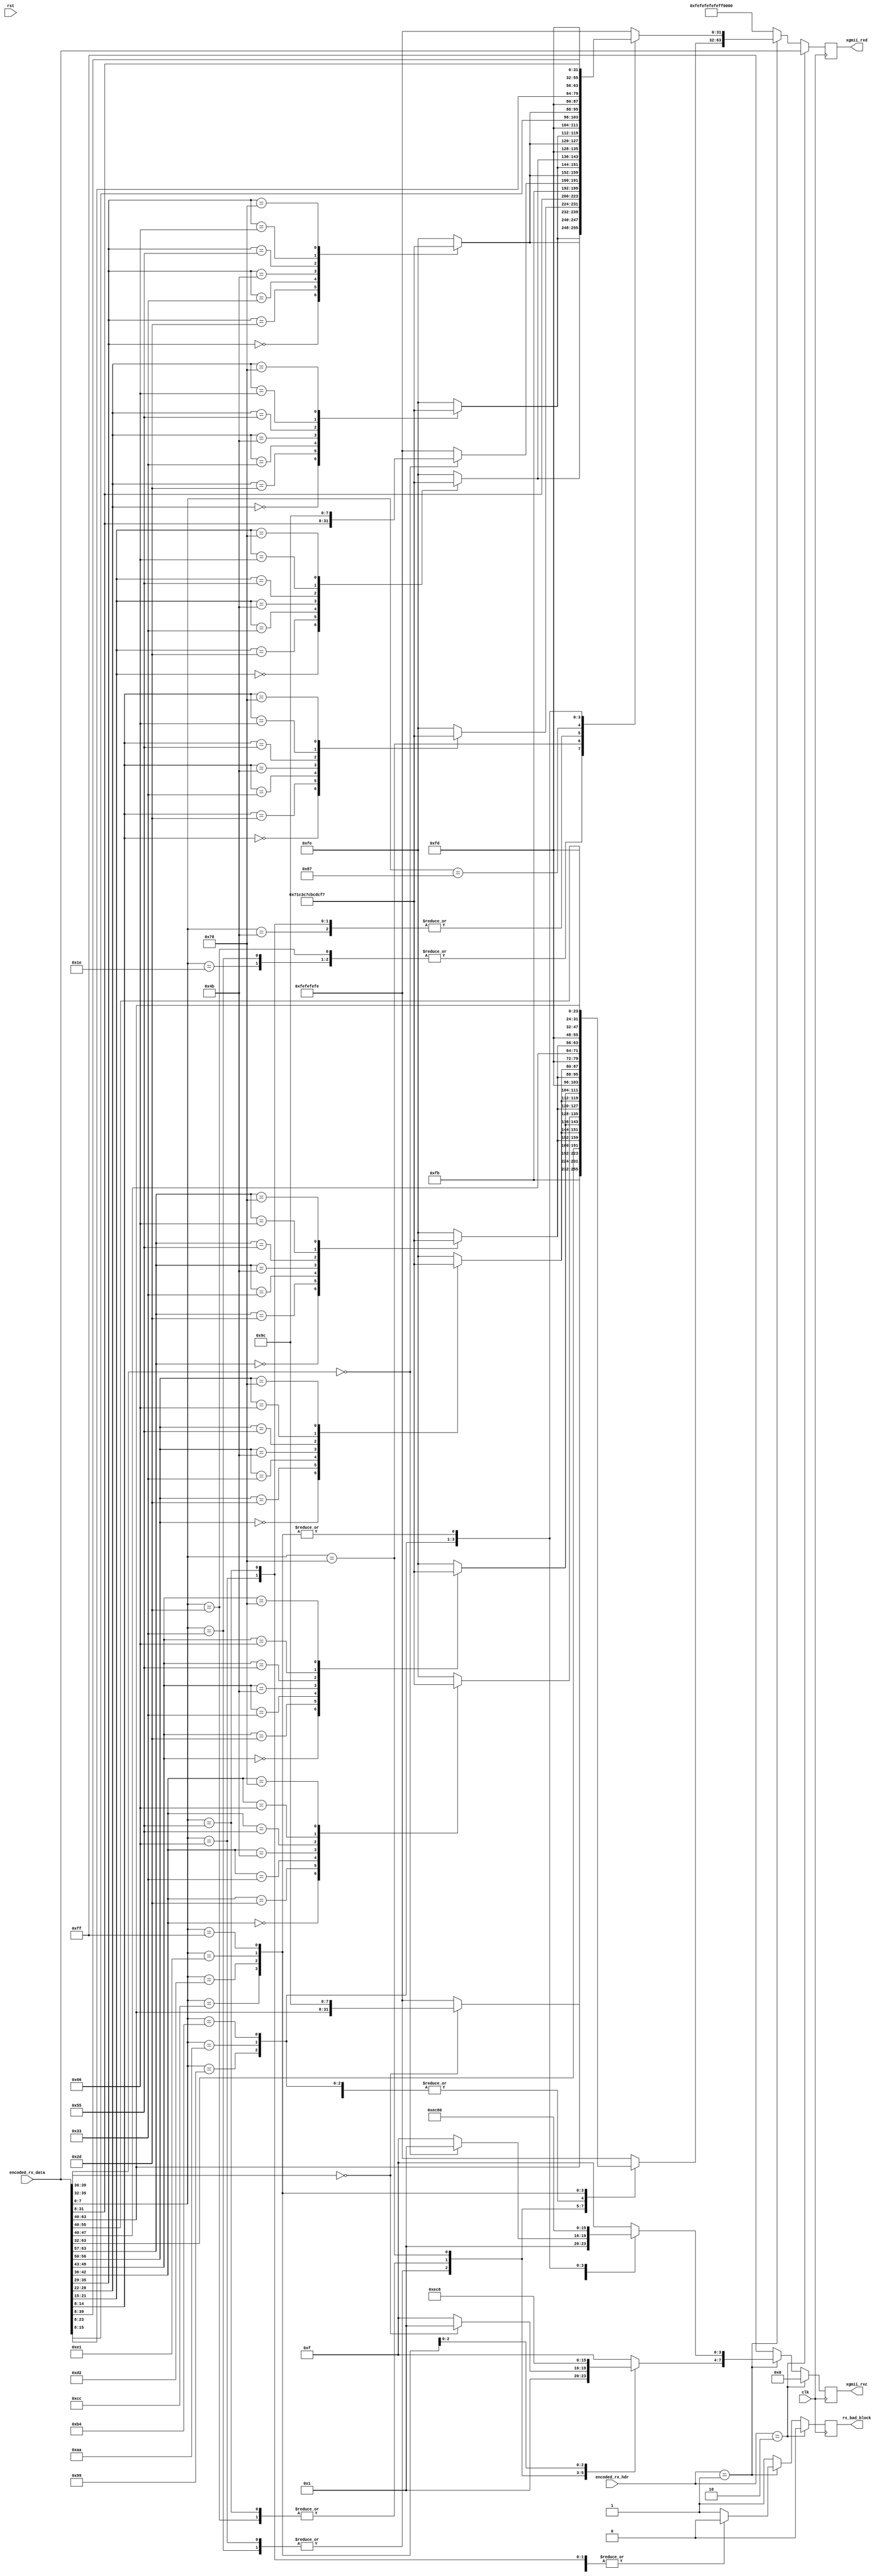
/*

Copyright (c) 2018 Alex Forencich

Permission is hereby granted, free of charge, to any person obtaining a copy
of this software and associated documentation files (the "Software"), to deal
in the Software without restriction, including without limitation the rights
to use, copy, modify, merge, publish, distribute, sublicense, and/or sell
copies of the Software, and to permit persons to whom the Software is
furnished to do so, subject to the following conditions:

The above copyright notice and this permission notice shall be included in
all copies or substantial portions of the Software.

THE SOFTWARE IS PROVIDED "AS IS", WITHOUT WARRANTY OF ANY KIND, EXPRESS OR
IMPLIED, INCLUDING BUT NOT LIMITED TO THE WARRANTIES OF MERCHANTABILITY
FITNESS FOR A PARTICULAR PURPOSE AND NONINFRINGEMENT. IN NO EVENT SHALL THE
AUTHORS OR COPYRIGHT HOLDERS BE LIABLE FOR ANY CLAIM, DAMAGES OR OTHER
LIABILITY, WHETHER IN AN ACTION OF CONTRACT, TORT OR OTHERWISE, ARISING FROM,
OUT OF OR IN CONNECTION WITH THE SOFTWARE OR THE USE OR OTHER DEALINGS IN
THE SOFTWARE.

*/

// Language: Verilog 2001

`timescale 1ns / 1ps

/*
 * XGMII 10GBASE-R decoder
 */
module xgmii_baser_dec_64 #
(
    parameter DATA_WIDTH = 64,
    parameter CTRL_WIDTH = (DATA_WIDTH/8),
    parameter HDR_WIDTH = 2
)
(
    input  wire                  clk,
    input  wire                  rst,

    /*
     * 10GBASE-R encoded input
     */
    input  wire [DATA_WIDTH-1:0] encoded_rx_data,
    input  wire [HDR_WIDTH-1:0]  encoded_rx_hdr,

    /*
     * XGMII interface
     */
    output wire [DATA_WIDTH-1:0] xgmii_rxd,
    output wire [CTRL_WIDTH-1:0] xgmii_rxc,

    /*
     * Status
     */
    output wire                  rx_bad_block
);

// bus width assertions
initial begin
    if (DATA_WIDTH != 64) begin
        $error("Error: Interface width must be 64");
        $finish;
    end

    if (CTRL_WIDTH * 8 != DATA_WIDTH) begin
        $error("Error: Interface requires byte (8-bit) granularity");
        $finish;
    end

    if (HDR_WIDTH != 2) begin
        $error("Error: HDR_WIDTH must be 2");
        $finish;
    end
end

localparam [7:0]
    XGMII_IDLE   = 8'h07,
    XGMII_LPI    = 8'h06,
    XGMII_START  = 8'hfb,
    XGMII_TERM   = 8'hfd,
    XGMII_ERROR  = 8'hfe,
    XGMII_SEQ_OS = 8'h9c,
    XGMII_RES_0  = 8'h1c,
    XGMII_RES_1  = 8'h3c,
    XGMII_RES_2  = 8'h7c,
    XGMII_RES_3  = 8'hbc,
    XGMII_RES_4  = 8'hdc,
    XGMII_RES_5  = 8'hf7,
    XGMII_SIG_OS = 8'h5c;

localparam [6:0]
    CTRL_IDLE  = 7'h00,
    CTRL_LPI   = 7'h06,
    CTRL_ERROR = 7'h1e,
    CTRL_RES_0 = 7'h2d,
    CTRL_RES_1 = 7'h33,
    CTRL_RES_2 = 7'h4b,
    CTRL_RES_3 = 7'h55,
    CTRL_RES_4 = 7'h66,
    CTRL_RES_5 = 7'h78;

localparam [3:0]
    O_SEQ_OS = 4'h0,
    O_SIG_OS = 4'hf;

localparam [1:0]
    SYNC_DATA = 2'b10,
    SYNC_CTRL = 2'b01;

localparam [7:0]
    BLOCK_TYPE_CTRL     = 8'h1e, // C7 C6 C5 C4 C3 C2 C1 C0 BT
    BLOCK_TYPE_OS_4     = 8'h2d, // D7 D6 D5 O4 C3 C2 C1 C0 BT
    BLOCK_TYPE_START_4  = 8'h33, // D7 D6 D5    C3 C2 C1 C0 BT
    BLOCK_TYPE_OS_START = 8'h66, // D7 D6 D5    O0 D3 D2 D1 BT
    BLOCK_TYPE_OS_04    = 8'h55, // D7 D6 D5 O4 O0 D3 D2 D1 BT
    BLOCK_TYPE_START_0  = 8'h78, // D7 D6 D5 D4 D3 D2 D1    BT
    BLOCK_TYPE_OS_0     = 8'h4b, // C7 C6 C5 C4 O0 D3 D2 D1 BT
    BLOCK_TYPE_TERM_0   = 8'h87, // C7 C6 C5 C4 C3 C2 C1    BT
    BLOCK_TYPE_TERM_1   = 8'h99, // C7 C6 C5 C4 C3 C2    D0 BT
    BLOCK_TYPE_TERM_2   = 8'haa, // C7 C6 C5 C4 C3    D1 D0 BT
    BLOCK_TYPE_TERM_3   = 8'hb4, // C7 C6 C5 C4    D2 D1 D0 BT
    BLOCK_TYPE_TERM_4   = 8'hcc, // C7 C6 C5    D3 D2 D1 D0 BT
    BLOCK_TYPE_TERM_5   = 8'hd2, // C7 C6    D4 D3 D2 D1 D0 BT
    BLOCK_TYPE_TERM_6   = 8'he1, // C7    D5 D4 D3 D2 D1 D0 BT
    BLOCK_TYPE_TERM_7   = 8'hff; //    D6 D5 D4 D3 D2 D1 D0 BT

reg [DATA_WIDTH-1:0] decoded_ctrl;
reg [CTRL_WIDTH-1:0] decode_err;

reg [DATA_WIDTH-1:0] xgmii_rxd_reg = {DATA_WIDTH{1'b0}}, xgmii_rxd_next;
reg [CTRL_WIDTH-1:0] xgmii_rxc_reg = {CTRL_WIDTH{1'b0}}, xgmii_rxc_next;

reg rx_bad_block_reg = 1'b0, rx_bad_block_next;

assign xgmii_rxd = xgmii_rxd_reg;
assign xgmii_rxc = xgmii_rxc_reg;

assign rx_bad_block = rx_bad_block_reg;

integer i;

always @* begin
    xgmii_rxd_next = {8{XGMII_ERROR}};
    xgmii_rxc_next = 8'hff;
    rx_bad_block_next = 1'b0;

    for (i = 0; i < CTRL_WIDTH; i = i + 1) begin
        case (encoded_rx_data[7*i+8 +: 7])
            CTRL_IDLE: begin
                decoded_ctrl[8*i +: 8] = XGMII_IDLE;
                decode_err[i] = 1'b0;
            end
            CTRL_ERROR: begin
                decoded_ctrl[8*i +: 8] = XGMII_ERROR;
                decode_err[i] = 1'b0;
            end
            CTRL_RES_0: begin
                decoded_ctrl[8*i +: 8] = XGMII_RES_0;
                decode_err[i] = 1'b0;
            end
            CTRL_RES_1: begin
                decoded_ctrl[8*i +: 8] = XGMII_RES_1;
                decode_err[i] = 1'b0;
            end
            CTRL_RES_2: begin
                decoded_ctrl[8*i +: 8] = XGMII_RES_2;
                decode_err[i] = 1'b0;
            end
            CTRL_RES_3: begin
                decoded_ctrl[8*i +: 8] = XGMII_RES_3;
                decode_err[i] = 1'b0;
            end
            CTRL_RES_4: begin
                decoded_ctrl[8*i +: 8] = XGMII_RES_4;
                decode_err[i] = 1'b0;
            end
            CTRL_RES_5: begin
                decoded_ctrl[8*i +: 8] = XGMII_RES_5;
                decode_err[i] = 1'b0;
            end
            default: begin
                decoded_ctrl[8*i +: 8] = XGMII_ERROR;
                decode_err[i] = 1'b1;
            end
        endcase
    end

    if (encoded_rx_hdr == SYNC_DATA) begin
        xgmii_rxd_next = encoded_rx_data;
        xgmii_rxc_next = 8'h00;
    end else if (encoded_rx_hdr == SYNC_CTRL) begin
        case (encoded_rx_data[7:0])
            BLOCK_TYPE_CTRL: begin
                // C7 C6 C5 C4 C3 C2 C1 C0 BT
                xgmii_rxd_next = decoded_ctrl;
                xgmii_rxc_next = 8'hff;
            end
            BLOCK_TYPE_OS_4: begin
                // D7 D6 D5 O4 C3 C2 C1 C0 BT
                xgmii_rxd_next[31:0] = decoded_ctrl[31:0];
                xgmii_rxc_next[3:0] = 4'hf;
                if (encoded_rx_data[39:36] == O_SEQ_OS) begin
                    xgmii_rxd_next[63:32] = {encoded_rx_data[63:40], XGMII_SEQ_OS};
                    xgmii_rxc_next[7:4] = 4'h1;
                end else begin
                    xgmii_rxd_next[63:32] = {4{XGMII_ERROR}};
                    xgmii_rxc_next[7:4] = 4'hf;
                end
            end
            BLOCK_TYPE_START_4: begin
                // D7 D6 D5    C3 C2 C1 C0 BT
                xgmii_rxd_next = {encoded_rx_data[63:40], XGMII_START, decoded_ctrl[31:0]};
                xgmii_rxc_next = 8'h1f;
            end
            BLOCK_TYPE_OS_START: begin
                // D7 D6 D5    O0 D3 D2 D1 BT
                if (encoded_rx_data[35:32] == O_SEQ_OS) begin
                    xgmii_rxd_next[31:0] = {encoded_rx_data[31:8], XGMII_SEQ_OS};
                    xgmii_rxc_next[3:0] = 4'h1;
                end else begin
                    xgmii_rxd_next[31:0] = {4{XGMII_ERROR}};
                    xgmii_rxc_next[3:0] = 4'hf;
                end
                xgmii_rxd_next[63:32] = {encoded_rx_data[63:40], XGMII_START};
                xgmii_rxc_next[7:4] = 4'h1;
            end
            BLOCK_TYPE_OS_04: begin
                // D7 D6 D5 O4 O0 D3 D2 D1 BT
                if (encoded_rx_data[35:32] == O_SEQ_OS) begin
                    xgmii_rxd_next[31:0] = {encoded_rx_data[31:8], XGMII_SEQ_OS};
                    xgmii_rxc_next[3:0] = 4'h1;
                end else begin
                    xgmii_rxd_next[31:0] = {4{XGMII_ERROR}};
                    xgmii_rxc_next[3:0] = 4'hf;
                end
                if (encoded_rx_data[39:36] == O_SEQ_OS) begin
                    xgmii_rxd_next[63:32] = {encoded_rx_data[63:40], XGMII_SEQ_OS};
                    xgmii_rxc_next[7:4] = 4'h1;
                end else begin
                    xgmii_rxd_next[63:32] = {4{XGMII_ERROR}};
                    xgmii_rxc_next[7:4] = 4'hf;
                end
            end
            BLOCK_TYPE_START_0: begin
                // D7 D6 D5 D4 D3 D2 D1    BT
                xgmii_rxd_next = {encoded_rx_data[63:8], XGMII_START};
                xgmii_rxc_next = 8'h01;
            end
            BLOCK_TYPE_OS_0: begin
                // C7 C6 C5 C4 O0 D3 D2 D1 BT
                if (encoded_rx_data[35:32] == O_SEQ_OS) begin
                    xgmii_rxd_next[31:0] = {encoded_rx_data[31:8], XGMII_SEQ_OS};
                    xgmii_rxc_next[3:0] = 4'h1;
                end else begin
                    xgmii_rxd_next[31:0] = {4{XGMII_ERROR}};
                    xgmii_rxc_next[3:0] = 4'hf;
                end
                xgmii_rxd_next[63:32] = decoded_ctrl[63:32];
                xgmii_rxc_next[7:4] = 4'hf;
            end
            BLOCK_TYPE_TERM_0: begin
                // C7 C6 C5 C4 C3 C2 C1    BT
                xgmii_rxd_next = {decoded_ctrl[63:8], XGMII_TERM};
                xgmii_rxc_next = 8'hff;
            end
            BLOCK_TYPE_TERM_1: begin
                // C7 C6 C5 C4 C3 C2    D0 BT
                xgmii_rxd_next = {decoded_ctrl[63:16], XGMII_TERM, encoded_rx_data[15:8]};
                xgmii_rxc_next = 8'hfe;
            end
            BLOCK_TYPE_TERM_2: begin
                // C7 C6 C5 C4 C3    D1 D0 BT
                xgmii_rxd_next = {decoded_ctrl[63:24], XGMII_TERM, encoded_rx_data[23:8]};
                xgmii_rxc_next = 8'hfc;
            end
            BLOCK_TYPE_TERM_3: begin
                // C7 C6 C5 C4    D2 D1 D0 BT
                xgmii_rxd_next = {decoded_ctrl[63:32], XGMII_TERM, encoded_rx_data[31:8]};
                xgmii_rxc_next = 8'hf8;
            end
            BLOCK_TYPE_TERM_4: begin
                // C7 C6 C5    D3 D2 D1 D0 BT
                xgmii_rxd_next = {decoded_ctrl[63:40], XGMII_TERM, encoded_rx_data[39:8]};
                xgmii_rxc_next = 8'hf0;
            end
            BLOCK_TYPE_TERM_5: begin
                // C7 C6    D4 D3 D2 D1 D0 BT
                xgmii_rxd_next = {decoded_ctrl[63:48], XGMII_TERM, encoded_rx_data[47:8]};
                xgmii_rxc_next = 8'he0;
            end
            BLOCK_TYPE_TERM_6: begin
                // C7    D5 D4 D3 D2 D1 D0 BT
                xgmii_rxd_next = {decoded_ctrl[63:56], XGMII_TERM, encoded_rx_data[55:8]};
                xgmii_rxc_next = 8'hc0;
            end
            BLOCK_TYPE_TERM_7: begin
                //    D6 D5 D4 D3 D2 D1 D0 BT
                xgmii_rxd_next = {XGMII_TERM, encoded_rx_data[63:8]};
                xgmii_rxc_next = 8'h80;
            end
            default: begin
                // invalid block type
                xgmii_rxd_next = {8{XGMII_ERROR}};
                xgmii_rxc_next = 8'hff;
                rx_bad_block_next = 1'b1;
            end
        endcase
    end else begin
        // invalid header
        xgmii_rxd_next = {8{XGMII_ERROR}};
        xgmii_rxc_next = 8'hff;
        rx_bad_block_next = 1'b1;
    end
end

always @(posedge clk) begin
    xgmii_rxd_reg <= xgmii_rxd_next;
    xgmii_rxc_reg <= xgmii_rxc_next;

    rx_bad_block_reg <= rx_bad_block_next;
end

endmodule